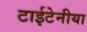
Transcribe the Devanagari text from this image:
टाईटेनीया